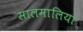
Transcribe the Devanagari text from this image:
सालमालिया